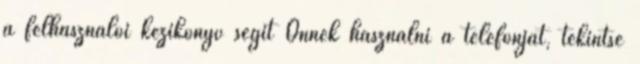
a felhasználói kézikönyv segít Önnek használni a telefonját, tekintse